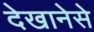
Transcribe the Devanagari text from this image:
देखानेसे